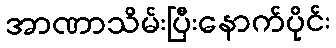
အာဏာသိမ်းပြီးနောက်ပိုင်း